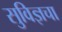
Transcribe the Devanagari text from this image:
सुविज्ञचा